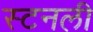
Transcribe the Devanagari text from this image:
स्टनली